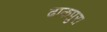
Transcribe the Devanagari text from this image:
ढाकपुरा